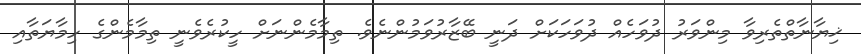
ޚިޔާނާތްތެރިވާ މިންވަރު ދުވަހެއް ދުވަހަކަށް ދަނީ ބޭޒާރުވަމުންނެވެ. ތިމާމެންނަށް ހީކުރެވެނީ ތިމާމެންގެ ހިމާޔަތާއި